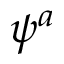
\psi ^ { a }